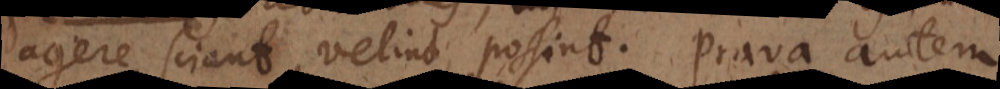
agere sciant, velint, possint. Prava autem